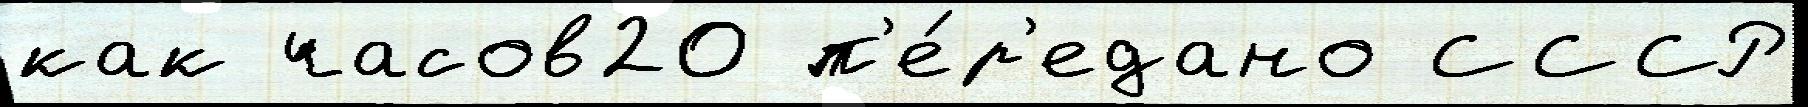
как часов20 п'е́р'едано СССР